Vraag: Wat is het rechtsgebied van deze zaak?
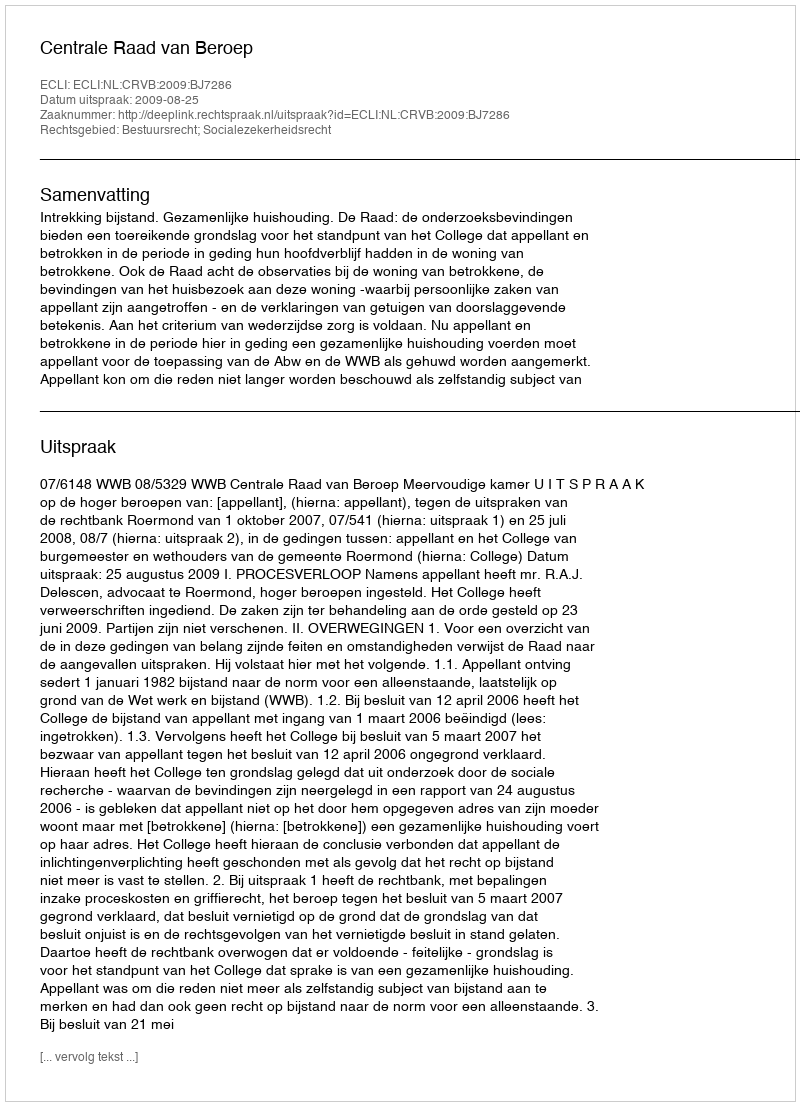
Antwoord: Bestuursrecht; Socialezekerheidsrecht